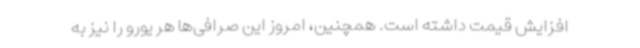
افزایش قیمت داشته است. همچنین، امروز این صرافی‌ها هر یورو را نیز به